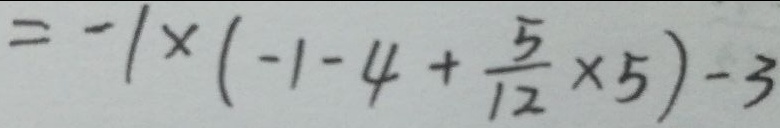
= - 1 \times ( - 1 - 4 + \frac { 5 } { 1 2 } \times 5 ) - 3